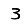
Digit: 3